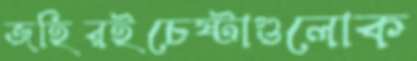
জহিরইচেষ্টাগুলোক